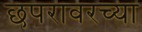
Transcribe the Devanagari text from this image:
छपरावरच्या